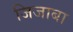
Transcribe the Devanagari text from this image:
जिजाबा